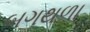
બગથળા